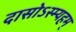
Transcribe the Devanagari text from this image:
दासोऽस्म्यहम्